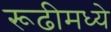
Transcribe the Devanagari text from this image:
रूढीमध्ये